Report on horse surra - Volume I
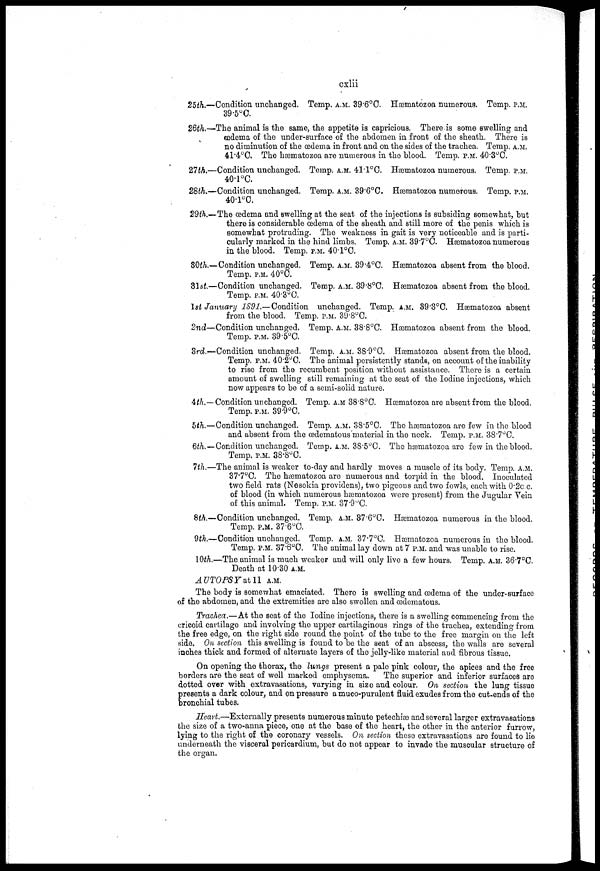
cxlii
25th.—Condition unchanged. Temp. A.M. 39,6°C. Hæmatozoa numerous. Temp, P.M.
39.5°C.
26th.—The animal is the same, the appetite is capricious. There is some swelling and
œdema of the under-surface of the abdomen in front of the sheath. There is
no diminution of the œdema in front and on the sides of the trachea. Temp. A.M.
41.4°C. The hæmatozoa are numerous in the blood. Temp. P.M. 40.3°C.
27th.—Condition unchanged. Temp. A.M. 4l.l°C. Hæmatozoa numerous. Temp. P.M.
40.1°C.
28th.—Condition unchanged. Temp. A.M. 39.6°C. Hæmatozoa numerous. Temp. P.M.
40.1°C.
29th.—The œdema and swelling at the seat of the injections is subsiding somewhat, but
there is considerable œdema of the sheath and still more of the penis which is
somewhat protruding. The weakness in gait is very noticeable and is parti-
cularly marked in the hind limbs. Temp. A.M. 39.7°C. Hæmatozoa numerous
in the blood. Temp. P.M. 40.1°C.
30th.—Condition unchanged. Temp. A.M. 39.4°C. Hæmatozoa absent from the blood.
Temp. P.M. 40°C.
31st.—Condition unchanged. Temp. A.M. 39.8°C. Hæmatozoa absent from the blood.
Temp. P.M. 40.3°C.
1st January 1891.— Condition unchanged. Temp. A.M. 39.3°C. Hæmatozoa absent
from the blood. Temp. P.M. 39.8°C.
2nd—Condition unchanged. Temp. A.M. 38.8°C. Hæmatozoa absent from the blood.
Temp. P.M. 39.5°C.
3rd.—Condition unchanged. Temp. A.M. 38.9°C. Hæmatozoa absent from the blood.
Temp. P.M. 40.2°C. The animal persistently stands, on account of the inability
to rise from the recumbent position without assistance. There is a certain
amount of swelling still remaining at the seat of the Iodine injections, which
now appears to be of a semi-solid nature.
4th.—Condition unchanged. Temp, a.m 38.8°C. Hæmatozoa are absent from the blood.
Temp. P.M. 39.9°C.
5th.—Condition unchanged. Temp. A.M. 38.5°C. The hæmatozoa are few in the blood
and absent from the œdematous material in the neck. Temp. P.M. 38.7°C.
6th. — Condition unchanged. Temp. A.M. 38.5°C. The hæmatozoa are few in the blood.
Temp. P.M. 38.8°C.
7th.—The animal is weaker to-day and hardly moves a muscle of its body. Temp. A.M.
37.7°C. The hæmatozoa are numerous and torpid in the blood. Inoculated
two field rats (Nesokia providens), two pigeons and two fowls, each with 0.2c c.
of blood (in which numerous hæmatozoa were present) from the Jugular Vein
of this animal. Temp. P.M. 37.9°C.
8th.—Condition unchanged. Temp. A.M. 37.6°C. Hæmatozoa numerous in the blood.
Temp. P.M. 37.6°C.
9th.—Condition unchanged. Temp. A.M. 37.7°C. Hæmatozoa numerous in the blood.
Temp. P.M. 37.6°C. The animal lay down at 7 P.M. and was unable to rise.
10th.—The animal is much weaker and will only live a few hours. Temp. A.M. 36.7°C.
Death at 10.30 A.M.
AUTOPSY at 11 A.M.
The body is somewhat emaciated. There is swelling and œdema of the under-surface
of the abdomen, and the extremities are also swollen and œdematous.
Trachea.—At the seat of the Iodine injections, there is a swelling commencing from the
cricoid cartilage and involving the upper cartilaginous rings of the trachea, extending from
the free edge, on the right side round the point of the tube to the free margin on the left
side. On section this swelling is found to be the seat of an abscess, the walls are several
inches thick and formed of alternate layers of the jelly-like material and fibrous tissue.
On opening the thorax, the lungs present a pale pink colour, the apices and the free
borders are the seat of well marked emphysema.
The superior and inferior surfaces are
dotted over with extravasations, varying in size and colour. On section the lung tissue
presents a dark colour, and on pressure a muco-purulent fluid exudes from the cut-ends of the
bronchial tubes.
Heart.—Externally presents numerous minute petechias and several larger extravasations
the size of a two-anna piece, one at the base of the heart, the other in the anterior furrow,
lying to the right of the coronary vessels. On section these extravasations are found to lie
underneath the visceral pericardium, but do not appear to invade the muscular structure of
the organ.